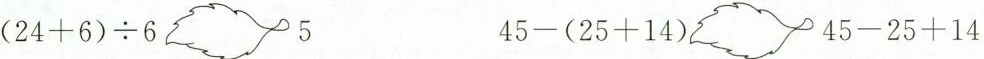
(24+6)÷6_________5 45-(25+14)_________45-25+14